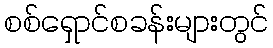
စစ်ရှောင်စခန်းများတွင်